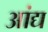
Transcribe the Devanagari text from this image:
आंद्य